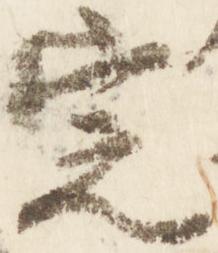
定